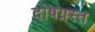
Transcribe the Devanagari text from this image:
दोषग्रस्त